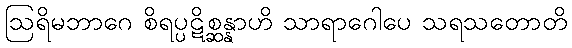
ဩရိမဘာဂေ စိရပ္ပဋိစ္ဆန္နာဟိ သာရာဂေါပေ သရသတောတိ